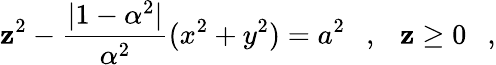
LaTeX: \mathbf{z}^{2}-{\frac{{|1-\alpha^{2}|}}{{\alpha^{2}}}}(x^{2}+y^{2})=a^{2}~~~,~~~\mathbf{z}\ge0~~~,